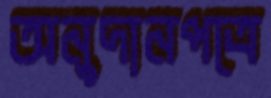
অনুদানপত্রে